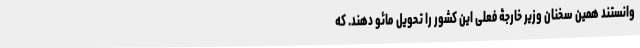
وانستند همین سخنان وزیر خارجۀ فعلی این کشور را تحویل مائو دهند. که